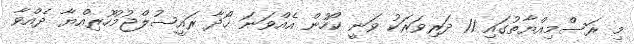
މި ރަސްމިއްޔާތުގައި 11 ދަރިވަރަކު ވަނީ ކޯހުން އެއްވަނަ ހޯދާ ރައީސުލްޖުމުހޫރިއްޔާ ދެއްވާ